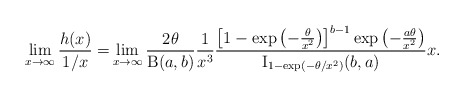
\begin{align*}\lim_{x\to\infty}\frac{h(x)}{1/x}=&\lim_{x\to\infty}\frac{2\theta}{\operatorname{B}(a,b)}\frac{1}{x^3}\frac{\left[ 1-\exp\left(-\frac{\theta}{x^2}\right) \right]^{b-1} \exp\left(-\frac{a\theta}{x^2}\right)}{\operatorname{I}_{1-\exp(-\theta/x^2)}(b,a)}x.\end{align*}